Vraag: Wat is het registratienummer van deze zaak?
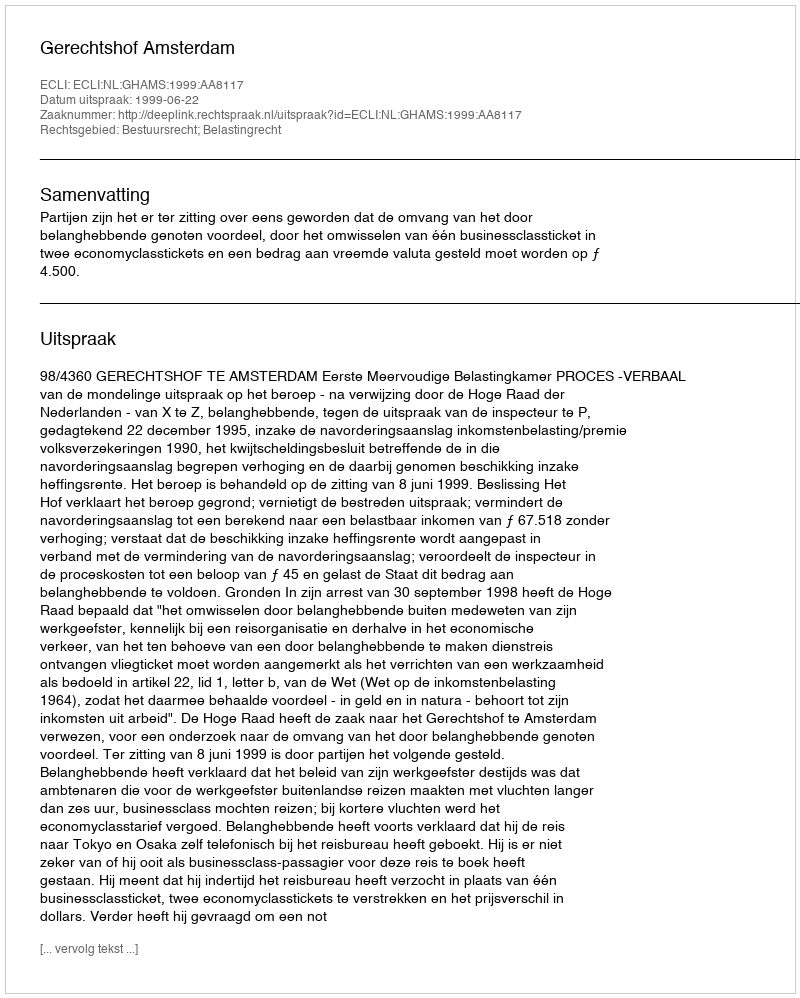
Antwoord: http://deeplink.rechtspraak.nl/uitspraak?id=ECLI:NL:GHAMS:1999:AA8117